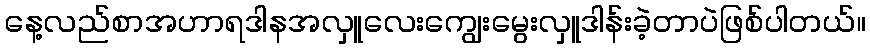
နေ့လည်စာအဟာရဒါနအလှူလေးကျွေးမွေးလှူဒါန်းခဲ့တာပဲဖြစ်ပါတယ်။